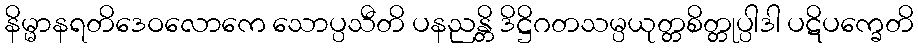
နိမ္မာနရတိဒေဝလောကေ သောပ္ပသီတိ ပနညန္တိ ဒိဋ္ဌိဂတသမ္ပယုတ္တစိတ္တုပ္ပါဒါ ပဋိပက္ခေတိ